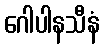
ဂေါပါနသီနံ